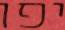
יפו